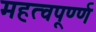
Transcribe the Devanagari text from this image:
महत्वपूर्ण्ण